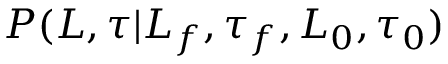
P ( L , \tau | L _ { f } , \tau _ { f } , L _ { 0 } , \tau _ { 0 } )